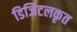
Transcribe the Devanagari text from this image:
डिजिटलकृत